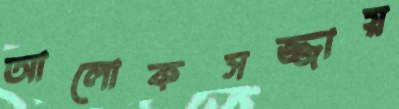
আলোকসজ্জায়